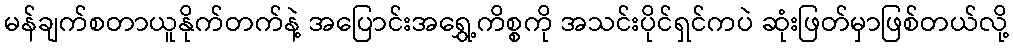
မန်ချက်စတာယူနိုက်တက်နဲ့ အပြောင်းအရွှေ့ကိစ္စကို အသင်းပိုင်ရှင်ကပဲ ဆုံးဖြတ်မှာဖြစ်တယ်လို့